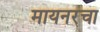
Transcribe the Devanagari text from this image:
मायनरचा